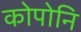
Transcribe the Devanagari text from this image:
कोपोनि